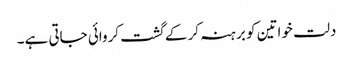
دلت خواتین کو برہنہ کر کے گشت کروائی جاتی ہے۔